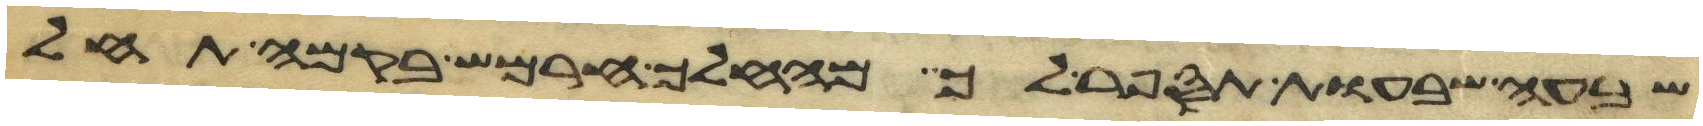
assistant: שבעה שבעות תספר לך מהחלך חרמש בקמה תחל